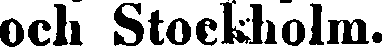
och Stockholm.